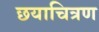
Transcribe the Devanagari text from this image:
छयाचित्रण